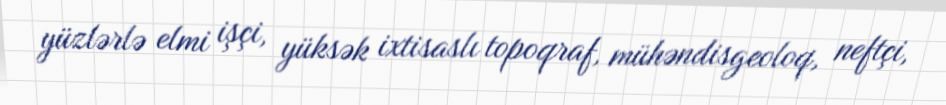
yüzlərlə elmi işçi, yüksək ixtisaslı topoqraf, mühəndisgeoloq, neftçi,